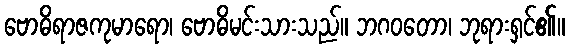
ဗောဓိရာဇကုမာရော၊ ဗောဓိမင်းသားသည်။ ဘဂဝတော၊ ဘုရားရှင်၏။